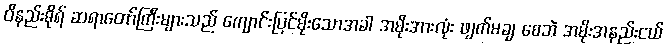
ဝိနည်းဓိုရ် ဆရာတော်ကြီးများသည် ကျောင်းပြင်မိုးသောအခါ အမိုးအားလုံး ဖျက်မချ စေဘဲ အမိုးအနည်းငယ်